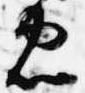
忠